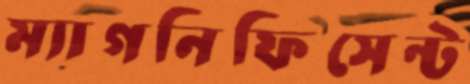
ম্যাগনিফিসেন্ট